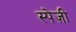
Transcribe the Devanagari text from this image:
स्पेज़ी